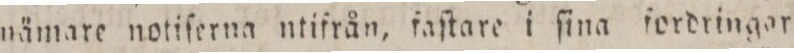
nämare notiſerna ntifrån, fraſtare i ſina fordringar,